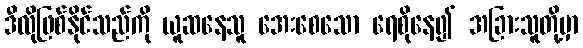
ဒီလိုဖြစ်နိုင်သည်ကို ယူဆနေသူ အေးစေသော ရေစိုနေ၍ အခြားသူတို့မှာ